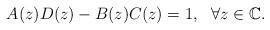
LaTeX: \begin{align*}A(z)D(z)-B(z)C(z)=1,\ \ \forall z\in\mathbb{C}.\end{align*}